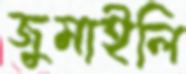
জুমাইলি